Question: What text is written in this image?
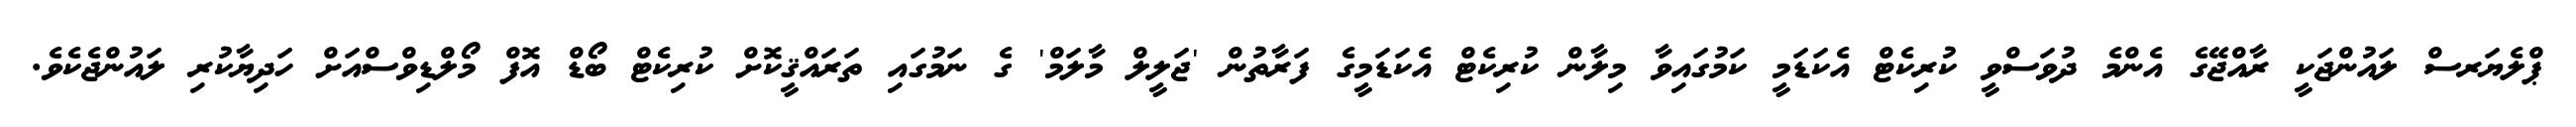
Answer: ޕްލެޔަރސް ލައުންޖަކީ ރާއްޖޭގެ އެންމެ ދުވަސްވީ ކުރިކެޓް އެކަޑަމީ ކަމުގައިވާ މިލާން ކުރިކެޓް އެކަޑަމީގެ ފަރާތުން 'ޖަލީލް މާލަމް' ގެ ނަމުގައި ތަރައްޤީކޮށް ކުރިކެޓް ބޯޑް އޮފް މޯލްޑިވްސްއަށް ހަދިޔާކުރި ލައުންޖެކެވެ.